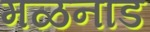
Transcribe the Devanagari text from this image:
मळनाड